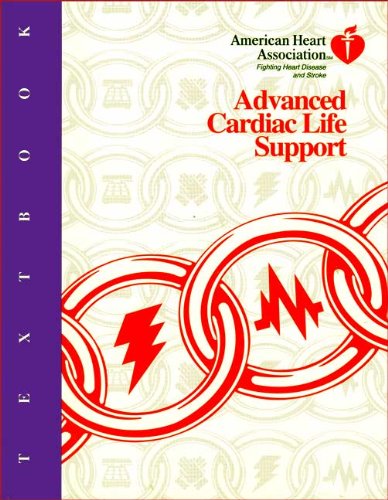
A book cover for Textbook of Advanced Cardiac Life Support; Health, Fitness & Dieting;